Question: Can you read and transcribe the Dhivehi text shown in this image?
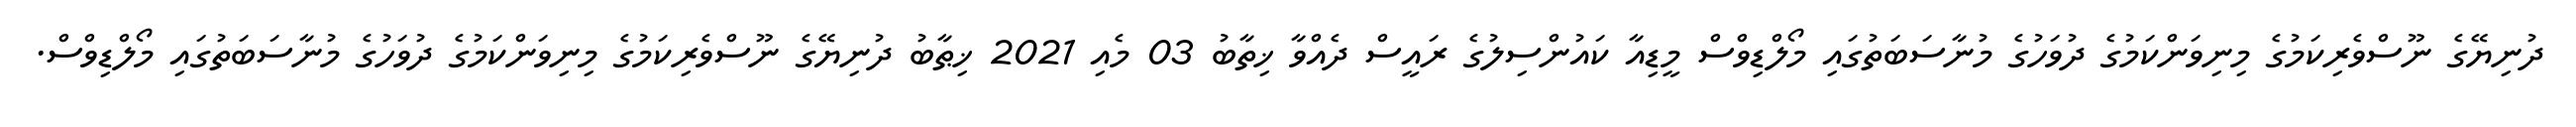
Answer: ދުނިޔޭގެ ނޫސްވެރިކަމުގެ މިނިވަންކަމުގެ ދުވަހުގެ މުނާސަބަތުގައި މޯލްޑިވްސް މީޑިއާ ކައުންސިލުގެ ރައީސް ދެއްވާ ޚިތާބު 03 މެއި 2021 ޚިޠާބު ދުނިޔޭގެ ނޫސްވެރިކަމުގެ މިނިވަންކަމުގެ ދުވަހުގެ މުނާސަބަތުގައި މޯލްޑިވްސް.